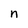
Character: n